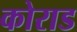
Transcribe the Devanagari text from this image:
कोराड